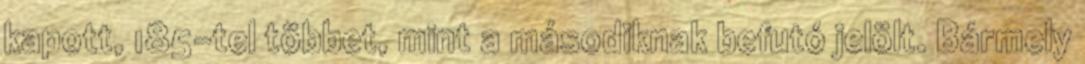
kapott, 185-tel többet, mint a másodiknak befutó jelölt. Bármely